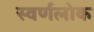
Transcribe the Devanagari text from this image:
स्वर्णलोक